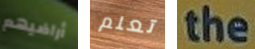
أراضيهم تعلم the